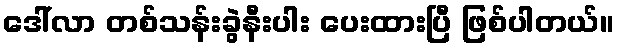
ဒေါ်လာ တစ်သန်းခွဲနီးပါး ပေးထားပြီ ဖြစ်ပါတယ်။